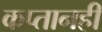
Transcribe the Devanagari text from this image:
कप्तानही